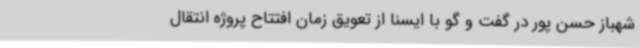
شهباز حسن پور در گفت و گو با ایسنا از تعویق زمان افتتاح پروژه انتقال